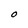
Character: O